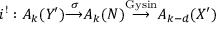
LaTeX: i ^ { ! } : A _ { k } ( Y ^ { \prime } ) { \overset { \sigma } { \longrightarrow } } A _ { k } ( N ) { \overset { \mathrm { G y s i n } } { \longrightarrow } } A _ { k - d } ( X ^ { \prime } )